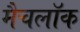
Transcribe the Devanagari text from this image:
मैचलॉक